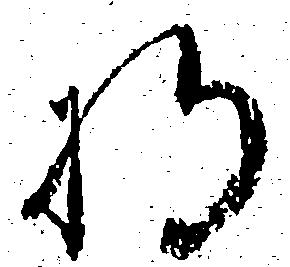
将